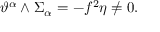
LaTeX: \vartheta ^ { \alpha } \wedge \Sigma _ { \alpha } = - f ^ { 2 } \eta \neq 0 .